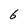
Character: 6